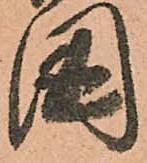
國